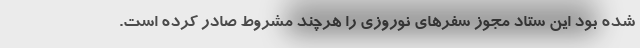
شده بود این ستاد مجوز سفرهای نوروزی را هرچند مشروط صادر کرده است.